Report of the Indian Hemp Drugs Commission, 1894-1895 - Volume VIII
Year: 1894
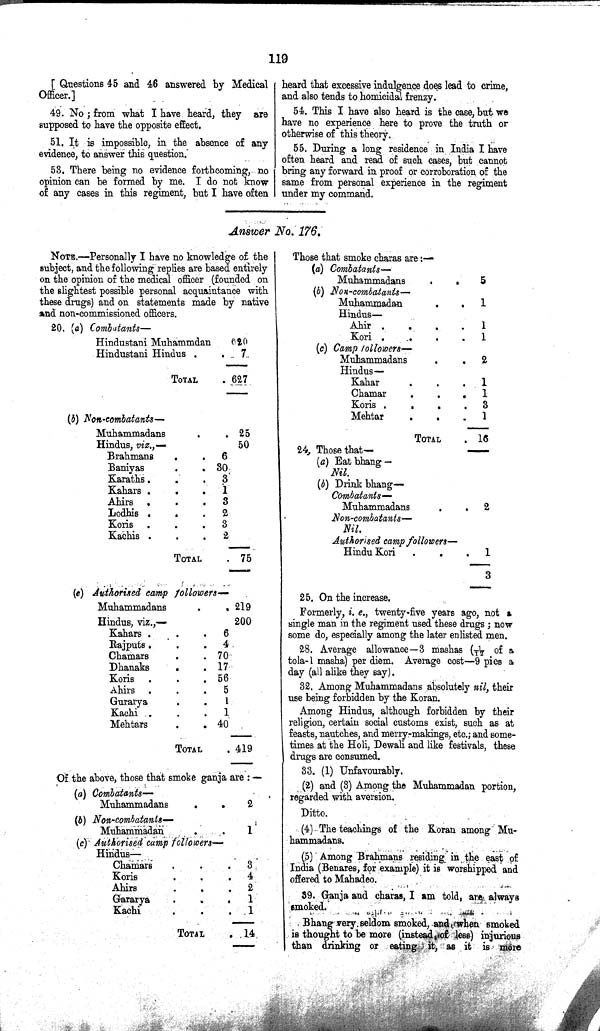
119
[Questions 45 and 46 answered by Medical
Officer.]
49. No; from what I have heard, they are
supposed to have the opposite effect.
51. It is impossible, in the absence of any
evidence, to answer this question.
53. There being no evidence forthcoming, no
opinion can be formed by me. I do not know
of any cases in this regiment, but I have often
heard that excessive indulgence does lead to crime,
and also tends to homicidal frenzy.
54. This I have also heard is the case, but we
have no experience here to prove the truth or
otherwise of this theory.
55. During a long residence in India I have
often heard and read of such cases, but cannot
bring any forward in proof or corroboration of the
same from personal experience in the regiment
under my command.
Answer No. 176.
NOTE.—Personally I have no knowledge of the
subject, and the following replies are based entirely
on the opinion of the medical officer (founded on
the slightest possible personal acquaintance with
these drugs) and on statements made by native
and non-commissioned officers.
20. (a) Combatants—
Hindustani Muhammdan
620
Hindustani Hindus
7
TOTAL
627
(b) Non-combatants—
Muhammadans
25
Hindus, viz.,—
50
Brahmans
6
Baniyas
30
Karaths
3
Kahars
1
Ahirs
3
Lodhis
2
Koris
3
Kachis
2
TOTAL
75
(c) Authorised camp followers—
Muhammadans
219
Hindus, viz.,—
200
Kahars
6
Rajputs
4
Chamars
70
Dhanaks
17
Koris
56
Ahirs
5
Gurarya
1
Kachi
1
Mehtars
40
TOTAL
419
Of the above, those that smoke ganja are:—
(a) Combatants—
Muhammadans
2
(b) Non-combatants—
Muhammadan
1
(c) Authorised camp followers—
Hindus—
Chamars
3
Koris
4
Ahirs
2
Gararya
1
Kachi
1
TOTAL
14
Those that smoke charas are:—
(a) Combatants—
Muhammadans
5
(b) Non-combatants—
Muhammadan
1
Hindus—
Ahir
1
Kori
1
(c) Camp followers—
Muhammadans
2
Hindus—
Kahar
1
Chamar
1
Koris
3
Mehtar
1
TOTAL
16
24. Those that—
(a) Eat bhang —
Nil.
(b) Drink bhang—
Combatants—
Muhammadans
2
Non-combatants—
Nil.
Authorised camp followers—
Hindu Kori
1
3
25. On the increase.
Formerly, i. e., twenty-five years ago, not a
single man in the regiment used these drugs; now
some do, especially among the later enlisted men.
28. Average allowance—3 mashas (1/12 of a
tola-1 masha) per diem. Average cost—9 pies a
day (all alike they say).
32. Among Muhammadans absolutely nil, their
use being forbidden by the Koran.
Among Hindus, although forbidden by their
religion, certain social customs exist, such as at
feasts, nautches, and merry-makings, etc.; and some¬
times at the Holi, Dewali and like festivals, these
drugs are consumed.
33. (1) Unfavourably.
(2) and (3) Among the Muhammadan portion,
regarded with aversion.
Ditto.
(4) The teachings of the Koran among Mu¬
hammadans.
(5) Among Brahmans residing in the east of
India (Benares, for example) it is worshipped and
offered to Mahadeo.
39. Ganja and charas, I am told, are always
smoked.
Bhang very seldom smoked, and when smoked
is thought to be more (instead of less) injurious
than drinking or eating it, as it is more